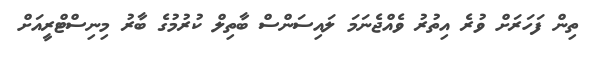
ތިން ފަހަރަށް ވުރެ އިތުރު ވެއްޖެނަމަ ލައިސަންސް ބާތިލް ކުރުމުގެ ބާރު މިނިސްޓްރީއަށް